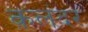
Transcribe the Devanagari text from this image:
क़लंदर